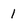
Character: I